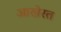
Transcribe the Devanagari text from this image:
आखेरत